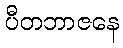
ပီတဘာဇနေ